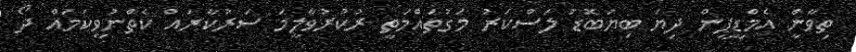
ތިވާނީްެ އެމްޑީޕީން ދިޔަ ބިޔަބޮޑު ލަސްކަރު މަގުތައްމަތީ ރުކުރުވާލީމަ ސަރުކާރައް ކެތްނުވީކަމައް ދޯ